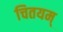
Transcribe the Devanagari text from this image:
चितयम्